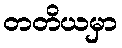
တတိယမှာ